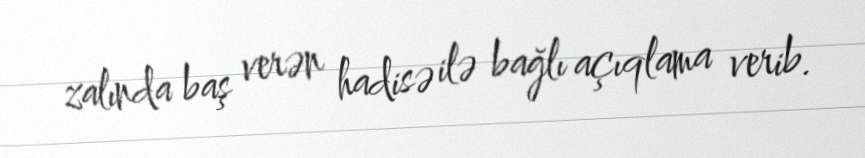
zalında baş verən hadisə ilə bağlı açıqlama verib.